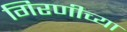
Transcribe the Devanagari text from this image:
गिरणीच्या